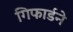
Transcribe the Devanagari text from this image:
गिफार्डने